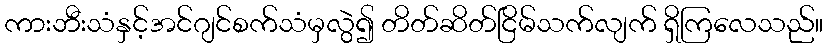
ကားဘီးသံနှင့်အင်ဂျင်စက်သံမှလွဲ၍ တိတ်ဆိတ်ငြိမ်သက်လျက် ရှိကြလေသည်။